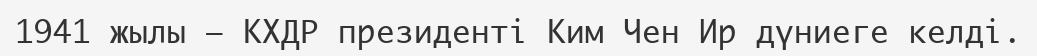
1941 жылы — КХДР президенті Ким Чен Ир дүниеге келді.